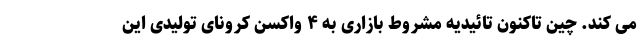
می کند. چین تاکنون تائیدیه مشروط بازاری به ۴ واکسن کرونای تولیدی این